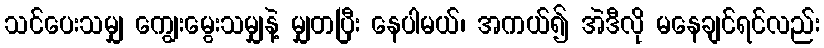
သင်ပေးသမျှ ကျွေးမွေးသမျှနဲ့ မျှတပြီး နေပါမယ်၊ အကယ်၍ အဲဒီလို မနေချင်ရင်လည်း